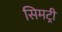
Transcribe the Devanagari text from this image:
सिमट्री